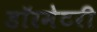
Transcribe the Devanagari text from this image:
डॉरमेटरी